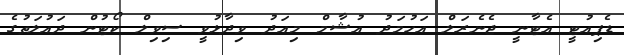
ޑެޕިއުޓީ އެޓާނީ ޖެނެރަލް އަހުމަދު އުޝާމް މިއަދު ވިދާޅުވީ ސިވިލް ކޯޓުން ދައުލަތުގެ